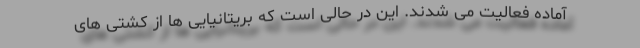
آماده فعالیت می شدند. این در حالی است که بریتانیایی ها از کشتی های